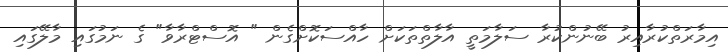
އިމާރަތްކުރާއިރު ބޭނުންކުރާ ސަލާމަތީ އާލާތްތަކަށް ހާއްސަކޮށްގެން " އޮސްޓްރާވާ" ގެ ނަމުގައި މާލޭގައި